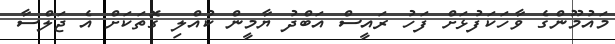
މައުމޫންގެ ވާހަކަފުޅަށް ފަހު ރައީސް އަބްދު ޔާމީން ކުއްލި ގޮތަކަށް އެ ޖަލްސާ